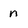
Character: n